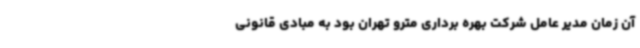
آن زمان مدیر عامل شرکت بهره برداری مترو تهران بود به مبادی قانونی